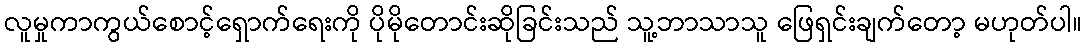
လူမှုကာကွယ်စောင့်ရှောက်ရေးကို ပိုမိုတောင်းဆိုခြင်းသည် သူ့ဘာသာသူ ဖြေရှင်းချက်တော့ မဟုတ်ပါ။